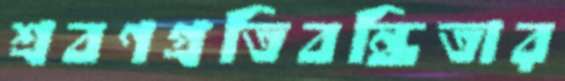
শ্রবণপ্রতিবন্ধিতার